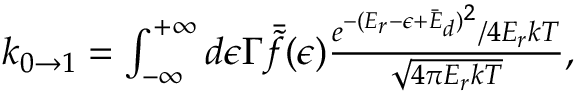
\begin{array} { r } { k _ { 0 \rightarrow 1 } = \int _ { - \infty } ^ { + \infty } d \epsilon \Gamma \bar { \tilde { f } } ( \epsilon ) \frac { e ^ { - ( E _ { r } - \epsilon + \bar { E } _ { d } ) ^ { 2 } } / 4 E _ { r } k T } { \sqrt { 4 \pi E _ { r } k T } } , } \end{array}